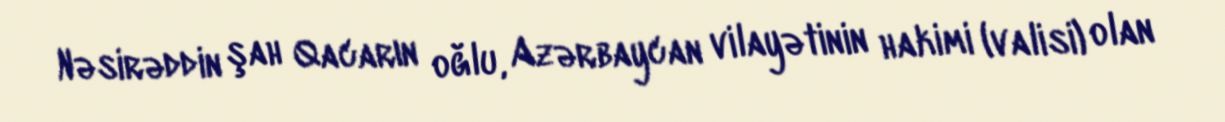
Nəsirəddin şah Qacarın oğlu, Azərbaycan vilayətinin hakimi (valisi) olan